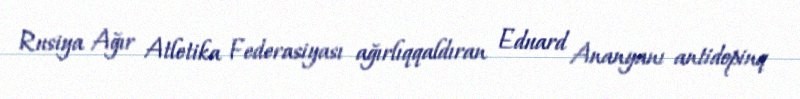
Rusiya Ağır Atletika Federasiyası ağırlıqqaldıran Eduard Ananyanı antidopinq